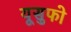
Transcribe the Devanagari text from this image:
यूसुफो